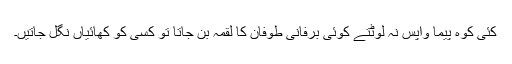
کئی کوہ پیما واپس نہ لوٹتے کوئی برفانی طوفان کا لقمہ بن جاتا تو کسی کو کھائیاں نگل جاتیں۔